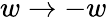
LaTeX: w\rightarrow-w